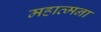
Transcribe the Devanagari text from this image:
महात्मना